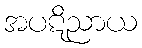
အပဋိညာယ